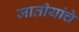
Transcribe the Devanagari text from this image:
जातीयांचे